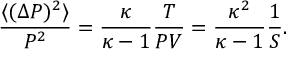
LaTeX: { \frac { \langle ( \Delta P ) ^ { 2 } \rangle } { P ^ { 2 } } } = { \frac { \kappa } { \kappa - 1 } } { \frac { T } { P V } } = { \frac { \kappa ^ { 2 } } { \kappa - 1 } } { \frac { 1 } { S } } .